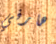
هارفي